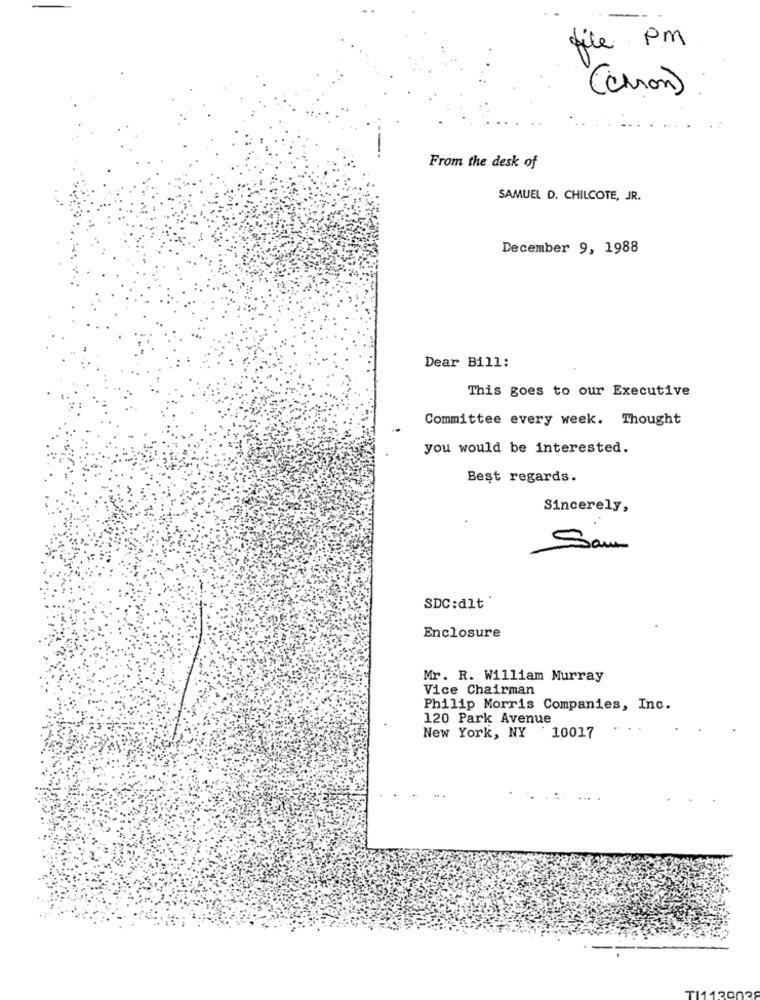
file pm
(chron)
From the desk of
SAMUEL D. CHILCOTE, JR.
December 9, 1988
Dear Bill:
This goes to our Executive
Committee every week. Thought
you would be interested.
Best regards.
Sincerely,
Sam
SDC:dlt *
Enclosure
Mr. R. William Murray
Vice Chairman
Philip Morris Companies, Inc.
120 Park Avenue
New York, NY 10017